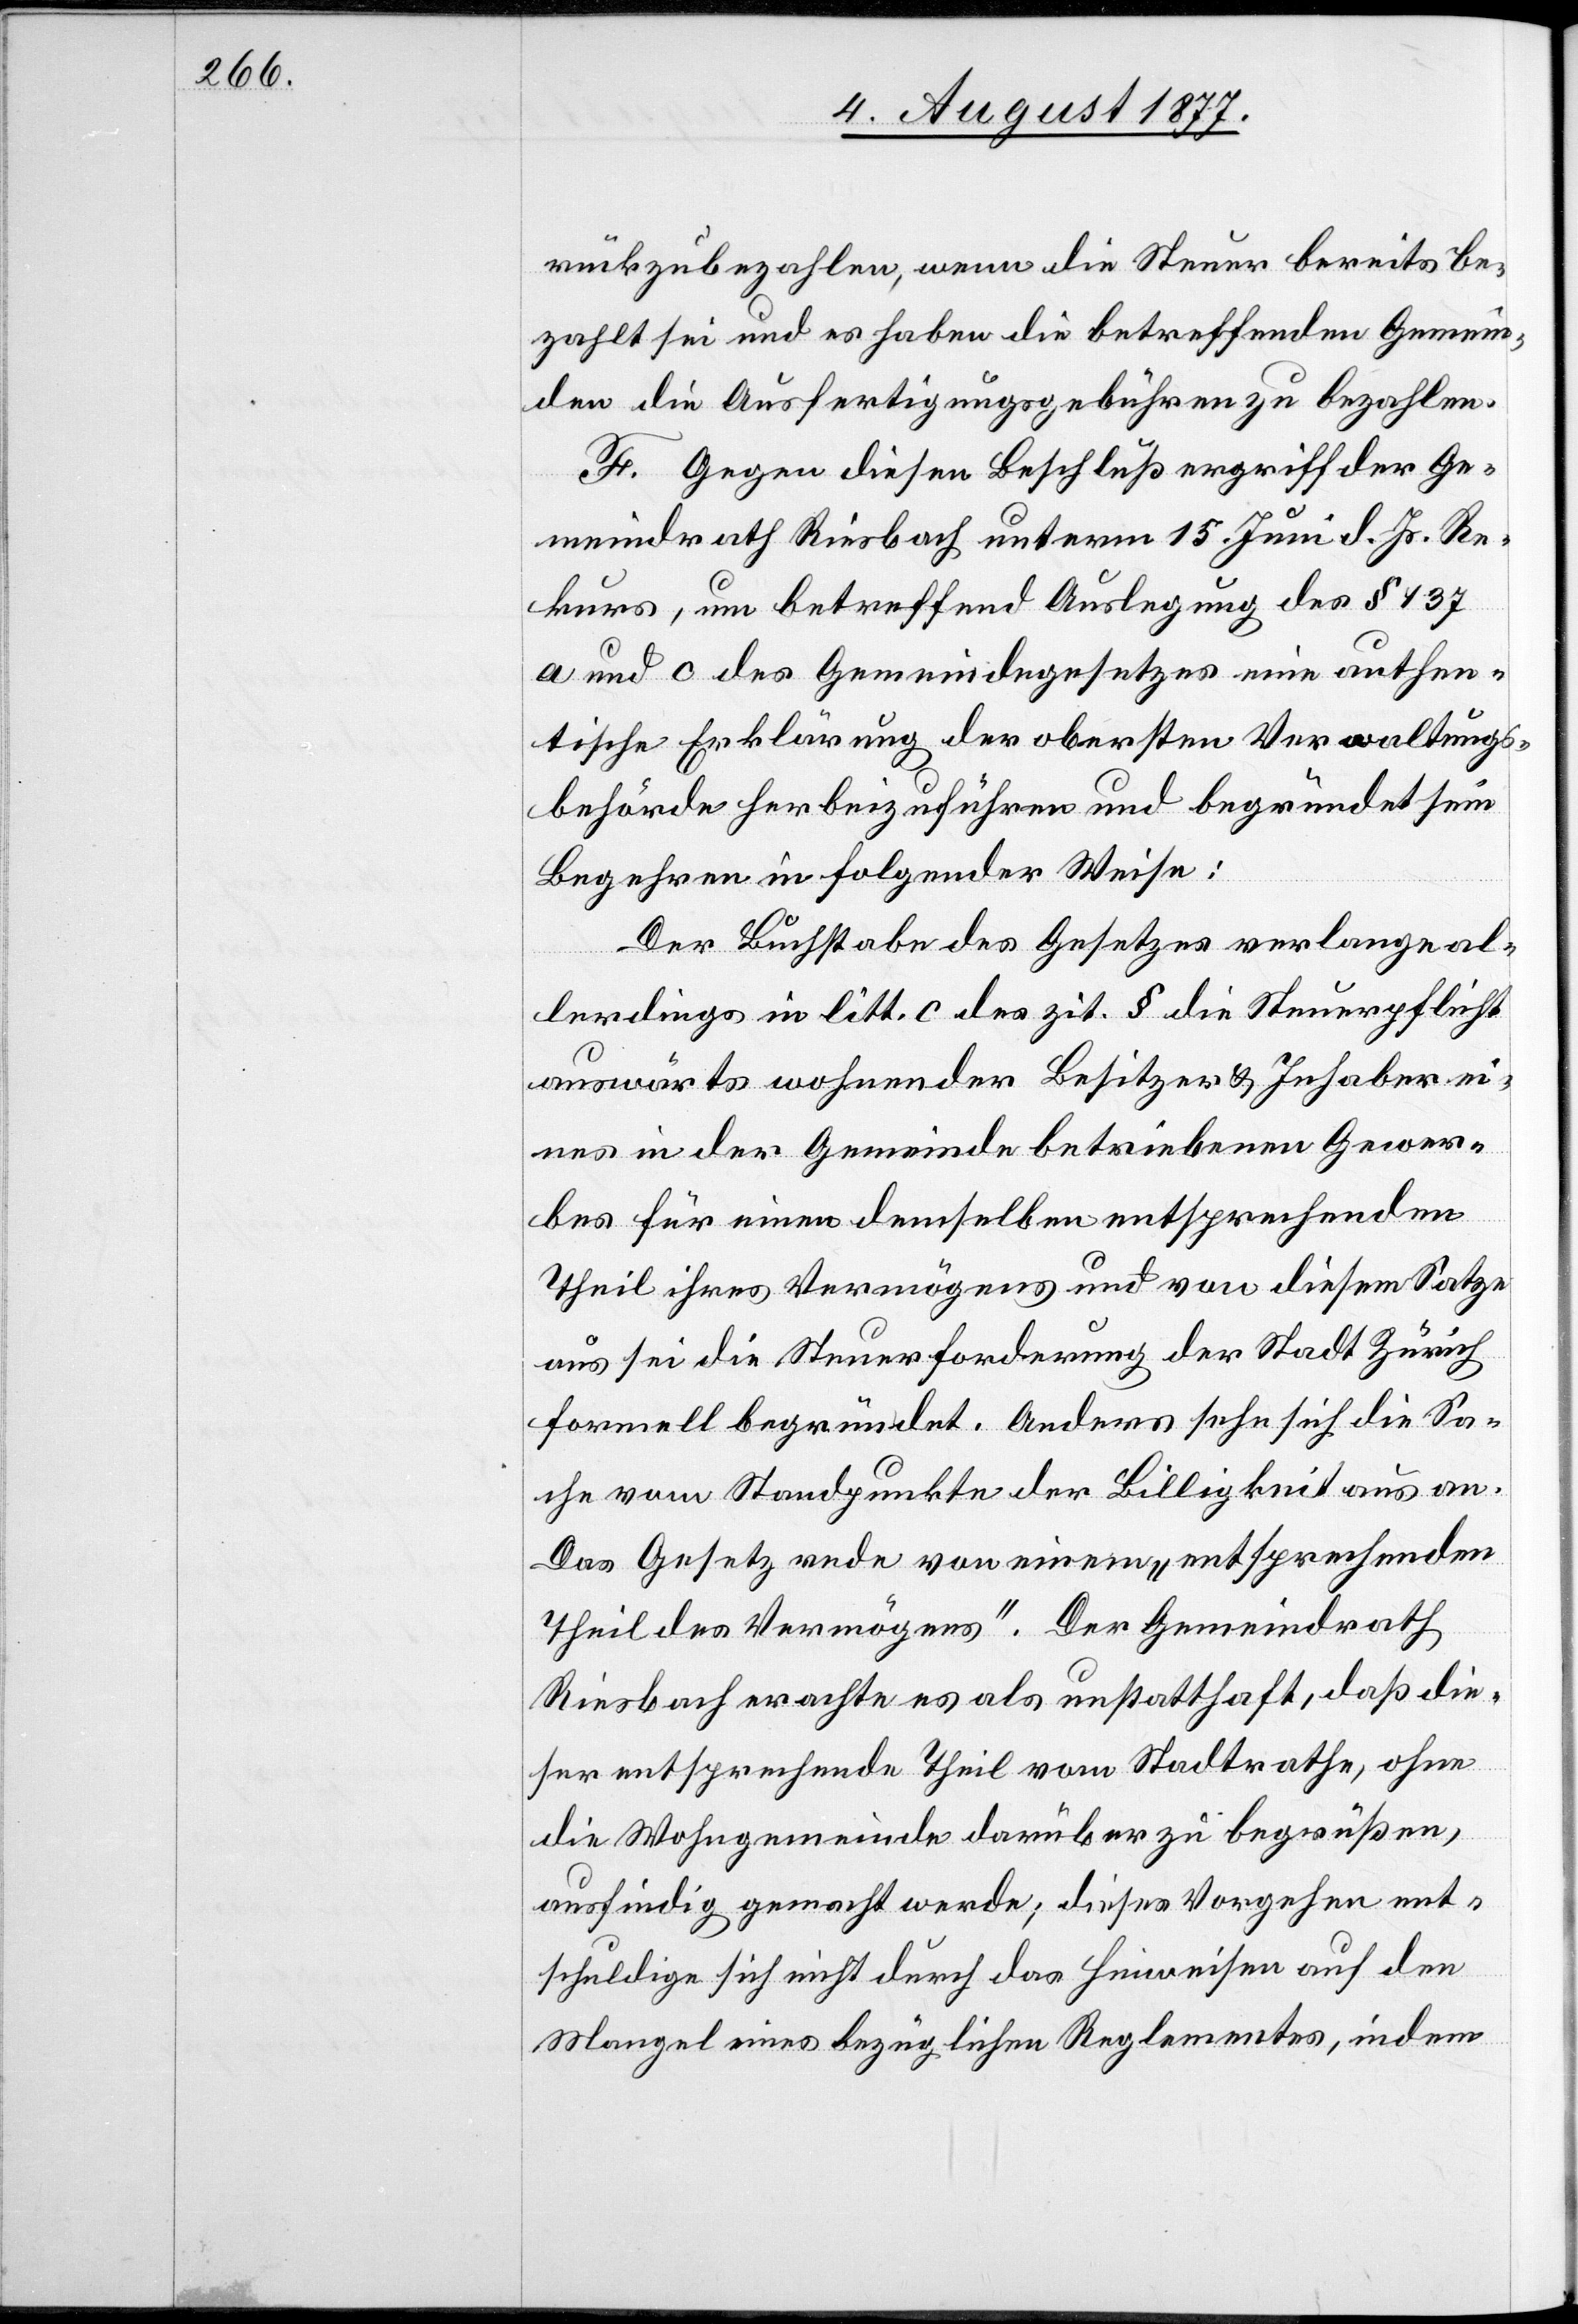
rückzubezahlen, wenn die Steuer bereits be¬
zahlt sei und es haben die betreffenden Gemein¬
den die Ausfertigungsgebühren zu bezahlen.
F. Gegen diesen Beschluß ergriff der Ge¬
meindrath Riesbach unterm 15. Juni d. Js. Re¬
kurs, um betreffend Auslegung des § 137
a und c des Gemeindegesetzes eine authen¬
tische Erklärung der obersten Verwaltungs¬
behörde herbeizuführen und begründet sein
Begehren in folgender Weise:
Der Buchstabe des Gesetzes verlange al¬
lerdings in litt. c des zit. § die Steuerpflicht
auswärts wohnender Besitzer & Inhaber ei¬
nes in der Gemeinde betriebenen Gewer¬
bes für einen demselben entsprechenden
Theil ihres Vermögens und von diesem Satze
aus sei die Steuerforderung der Stadt Zürich
formell begründet. Anders sehe sich die Sa¬
che vom Standpunkte der Billigkeit aus an.
Das Gesetz rede von einem „entsprechenden
Theil des Vermögens“. Der Gemeindrath
Riesbach erachte es als unstatthaft, daß die¬
ser entsprechende Theil vom Stadtrathe, ohne
die Wohngemeinde darüber zu begrüßen,
ausfindig gemacht werde; dieses Vorgehen ent¬
schuldige sich nicht durch das Hinweisen auf den
Mangel eines bezüglichen Reglementes, indem